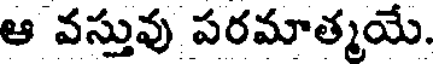
ఆ వస్తువు పరమాత్మయే.